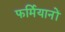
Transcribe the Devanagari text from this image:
फर्मियानों